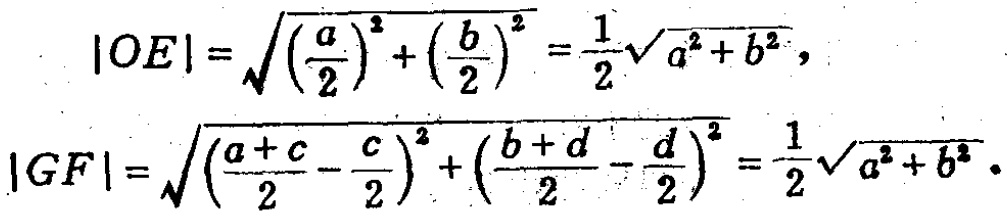
\[
\begin{align*}
|OE|&=\sqrt{\left(\frac{a}{2}\right)^2+\left(\frac{b}{2}\right)^2}=\frac{1}{2}\sqrt{a^{2}+b^{2}},\\
|GF|&=\sqrt{\left(\frac{a + c}{2}-\frac{c}{2}\right)^2+\left(\frac{b + d}{2}-\frac{d}{2}\right)^2}=\frac{1}{2}\sqrt{a^{2}+b^{2}}.
\end{align*}
\]